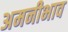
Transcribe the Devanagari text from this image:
अमनीभाव